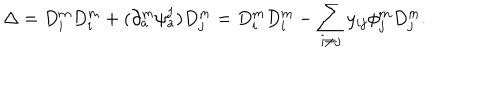
\Delta = D _ { i } ^ { m } D _ { i } ^ { m } + ( \partial _ { a } ^ { m } \psi _ { a } ^ { j } ) D _ { j } ^ { m } = D _ { i } ^ { m } D _ { i } ^ { m } - \sum _ { i \neq j } y _ { i j } \phi _ { j } ^ { m } D _ { j } ^ { m } .